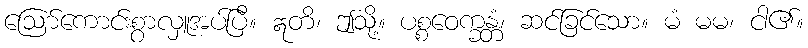
ဩော်ကောင်းစွာလှူအပ်ပြီ။ ဣတိ၊ ဤသို့။ ပစ္စဝေက္ခန္တံ၊ ဆင်ခြင်သော။ မံ မမ၊ ငါ၏။